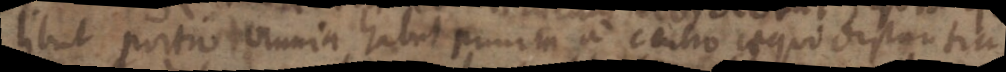
libet portio omnia habet punim a centro aequo distantia